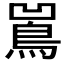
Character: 𱈢